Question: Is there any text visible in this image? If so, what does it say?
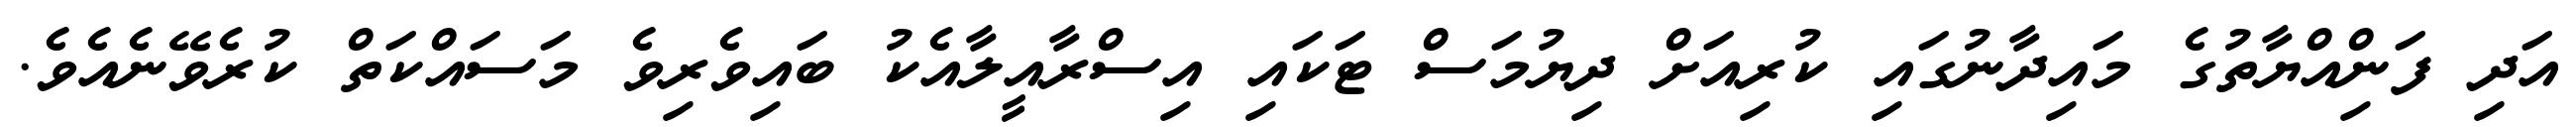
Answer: އަދި ފަންިއްޔާތުގެ މައިދާނުގައި ކުރިއަށް ދިޔުމަސް ޓަކައި އިސްރާއީލާއެކު ބައިވެރިވެ މަސައްކަތް ކުރެވޭނެއެވެ.